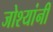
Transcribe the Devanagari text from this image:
जोश्यांनी